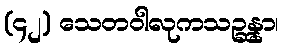
(၄၂) သေတဝါလုကသဉ္ဆန္နာ၊